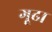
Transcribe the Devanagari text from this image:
गूढा